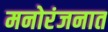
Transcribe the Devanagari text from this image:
मनोरंजनात